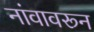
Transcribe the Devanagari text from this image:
नांवावरून